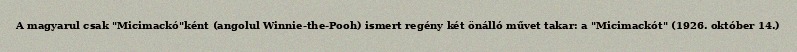
A magyarul csak "Micimackó"ként (angolul Winnie-the-Pooh) ismert regény két önálló művet takar: a "Micimackót" (1926. október 14.)